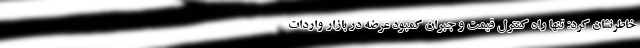
خاطرنشان کرد: تنها راه کنترل قیمت و جبران کمبود عرضه در بازار واردات